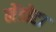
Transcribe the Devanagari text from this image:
मेंडोटा